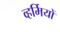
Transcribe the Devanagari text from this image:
व्हर्मियों